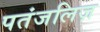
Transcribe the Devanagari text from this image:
पतंजलिज़